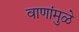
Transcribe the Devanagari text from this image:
वाणांमुळे